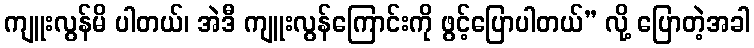
ကျူးလွန်မိ ပါတယ်၊ အဲဒီ ကျူးလွန်ကြောင်းကို ဖွင့်ပြောပါတယ်” လို့ ပြောတဲ့အခါ